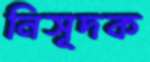
নিসূদক